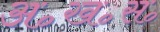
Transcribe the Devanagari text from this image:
अ॰ख॰स॰